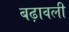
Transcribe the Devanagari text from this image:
बढ़ावली